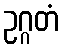
ဥဂ္ဂတံ